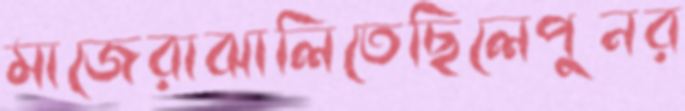
মাজেরাঝালিতেছিলেপুনর